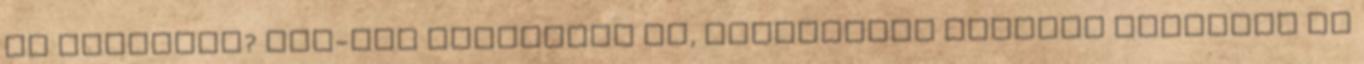
Ki inspirál? Sok-sok nagyszerű nő, elsősorban kortárs művészek és